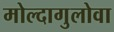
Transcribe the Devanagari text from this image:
मोल्दागुलोवा